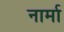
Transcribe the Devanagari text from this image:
नार्मा